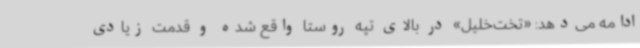
ادامه می‌دهد: «تخت‌خلیل» در بالای تپه روستا واقع شده و قدمت زیادی